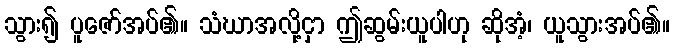
သွား၍ ပူဇော်အပ်၏။ သံဃာအလို့ငှာ ဤဆွမ်းယူပါဟု ဆိုအံ့၊ ယူသွားအပ်၏။